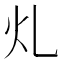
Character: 𭳿